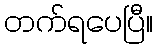
တက်ရပေပြီ။